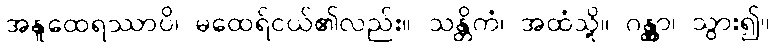
အနူထေရဿာပိ၊ မထေရ်ငယ်၏လည်း။ သန္တိကံ၊ အထံသို့။ ဂန္တွာ၊ သွား၍။